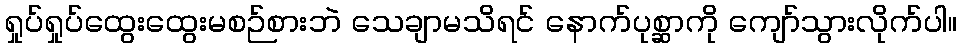
ရှုပ်ရှုပ်ထွေးထွေးမစဉ်စားဘဲ သေချာမသိရင် နောက်ပုစ္ဆာကို ကျော်သွားလိုက်ပါ။